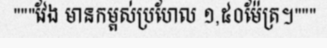
"""វែង មានកម្ពស់ប្រហែល ១,៥០ម៉ែត្រ។"""